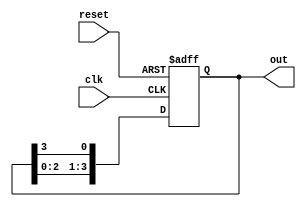
module ring_counter #(parameter N = 4) (
    input wire clk,          // Clock input
    input wire reset,        // Asynchronous reset
    output reg [N-1:0] out   // Output of the ring counter
);

    // Initialization
    initial begin
        out = 1'b1; // Set initial state to 100...0
    end

    // State transition on clock edge
    always @(posedge clk or posedge reset) begin
        if (reset) begin
            out <= 1'b1; // Reset to initial state
        end else begin
            out <= {out[N-2:0], out[N-1]}; // Shift left and wrap around
        end
    end

endmodule